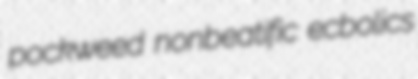
pockweed nonbeatific ecbolics